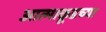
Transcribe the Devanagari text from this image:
आत्माकूडच्या